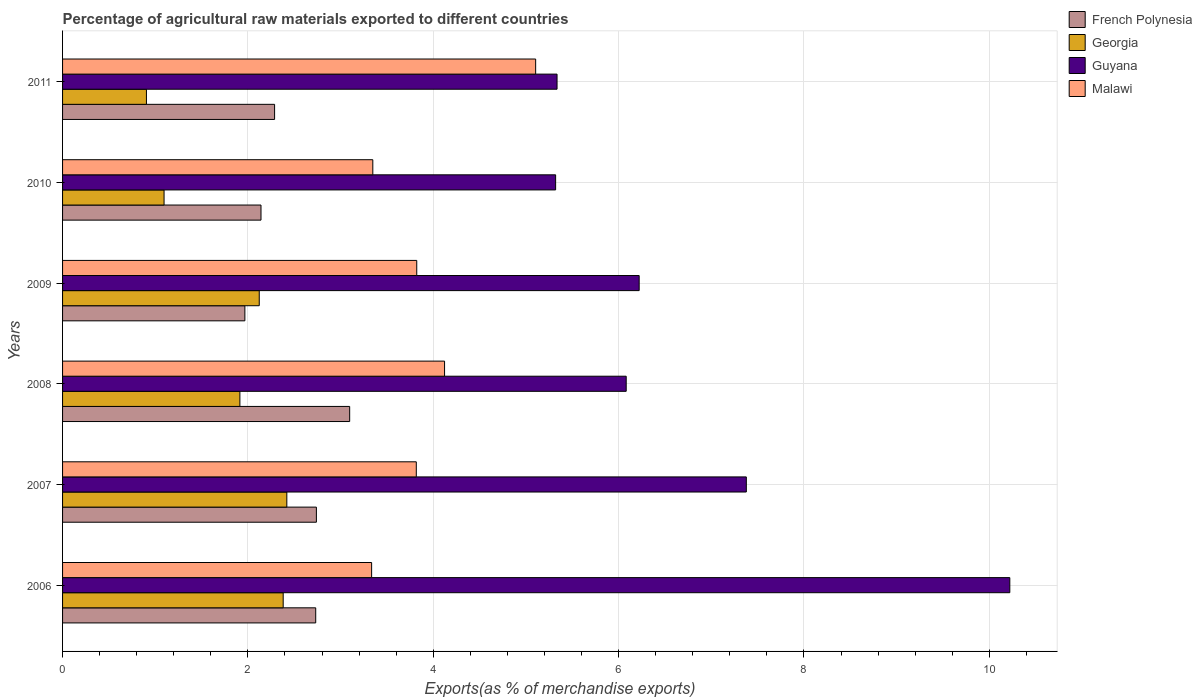
| Years | French Polynesia | Georgia | Guyana | Malawi |
 | --- | --- | --- | --- | --- |
 | 2006 | 2.73 | 2.38 | 10.2 | 3.33 |
 | 2007 | 2.74 | 2.42 | 7.38 | 3.82 |
 | 2008 | 3.1 | 1.91 | 6.08 | 4.12 |
 | 2009 | 1.97 | 2.12 | 6.22 | 3.82 |
 | 2010 | 2.14 | 1.1 | 5.32 | 3.35 |
 | 2011 | 2.29 | 0.905 | 5.34 | 5.1 |